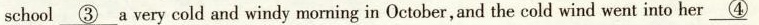
school \underline{③} a very cold and windy morning in October, and the cold wind went into her \underline{④}